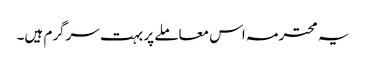
یہ محترمہ اس معاملے پر بہت سرگرم ہیں۔